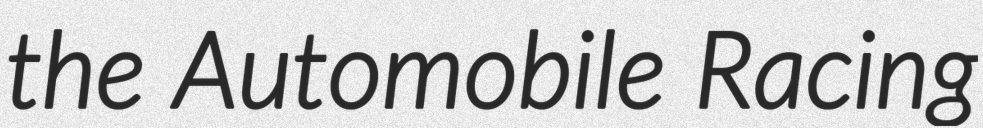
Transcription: the Automobile Racing